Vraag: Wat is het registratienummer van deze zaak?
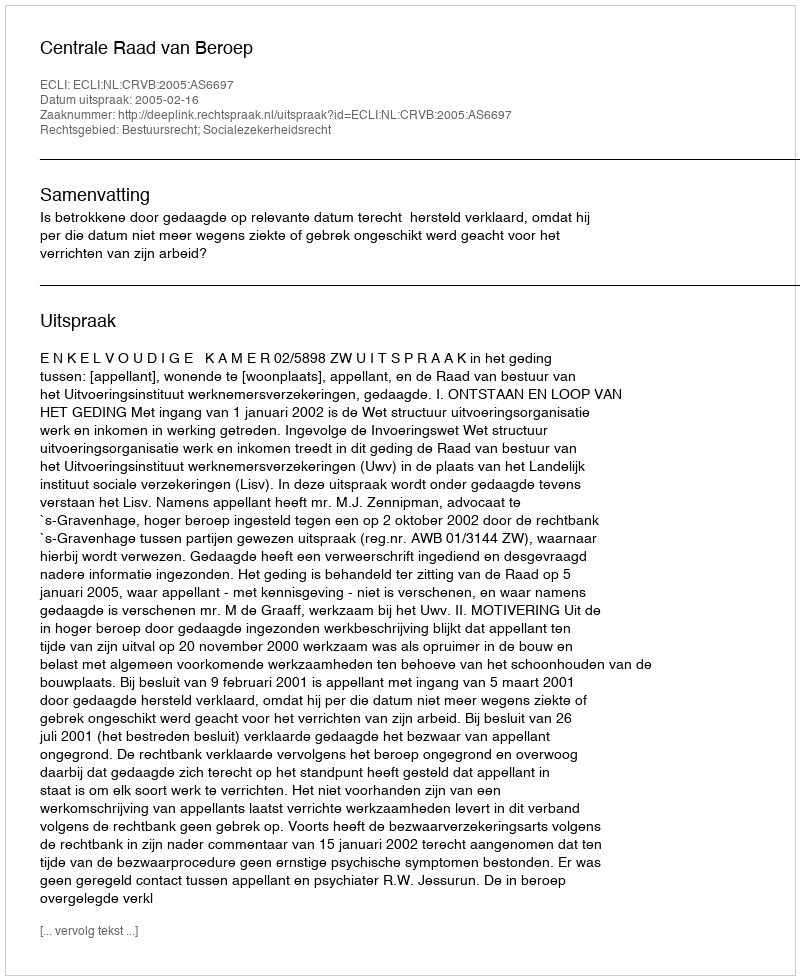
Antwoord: http://deeplink.rechtspraak.nl/uitspraak?id=ECLI:NL:CRVB:2005:AS6697